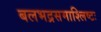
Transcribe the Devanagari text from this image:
बलभद्रसमाश्लिष्टः